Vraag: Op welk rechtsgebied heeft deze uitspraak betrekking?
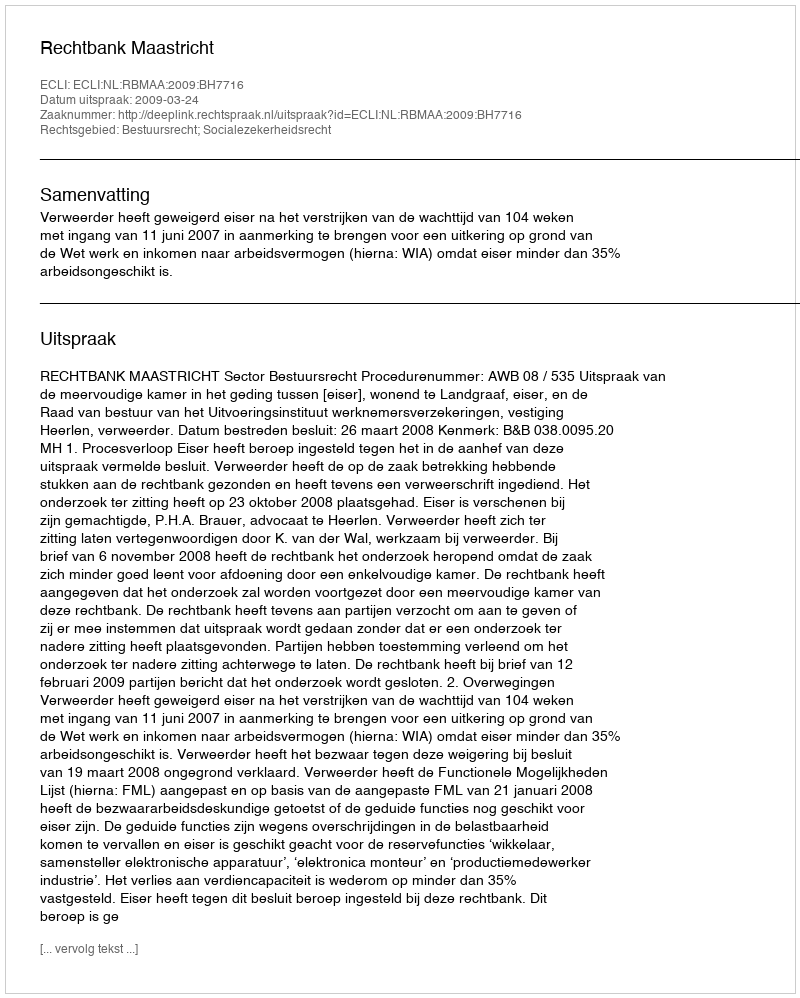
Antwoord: Bestuursrecht; Socialezekerheidsrecht